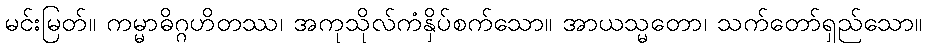
မင်းမြတ်။ ကမ္မာဓိဂ္ဂဟိတဿ၊ အကုသိုလ်ကံနှိပ်စက်သော။ အာယသ္မတော၊ သက်တော်ရှည်သော။